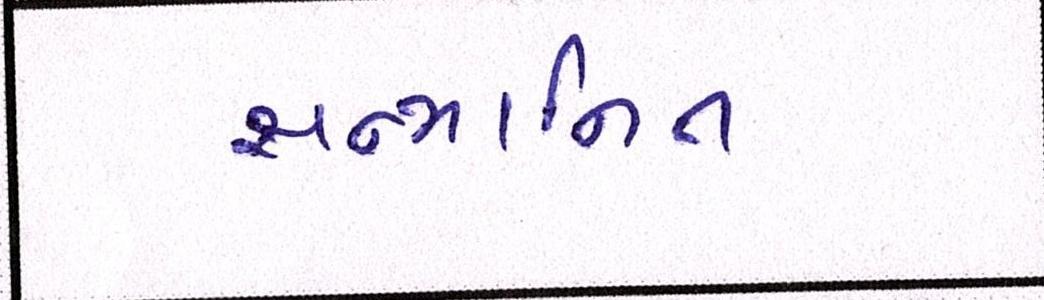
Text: સન્માનિત